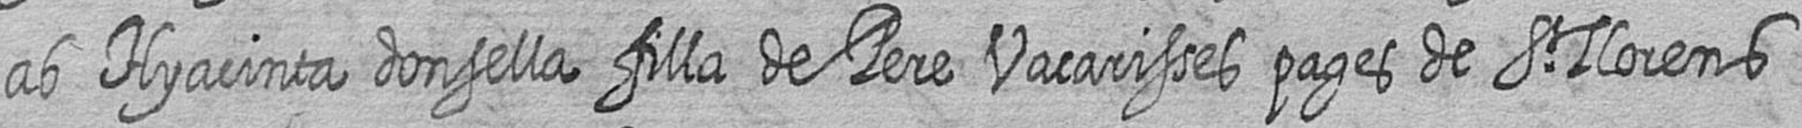
ab Hyacinta donsella filla de Pere Vacarisses pages de St Llorens